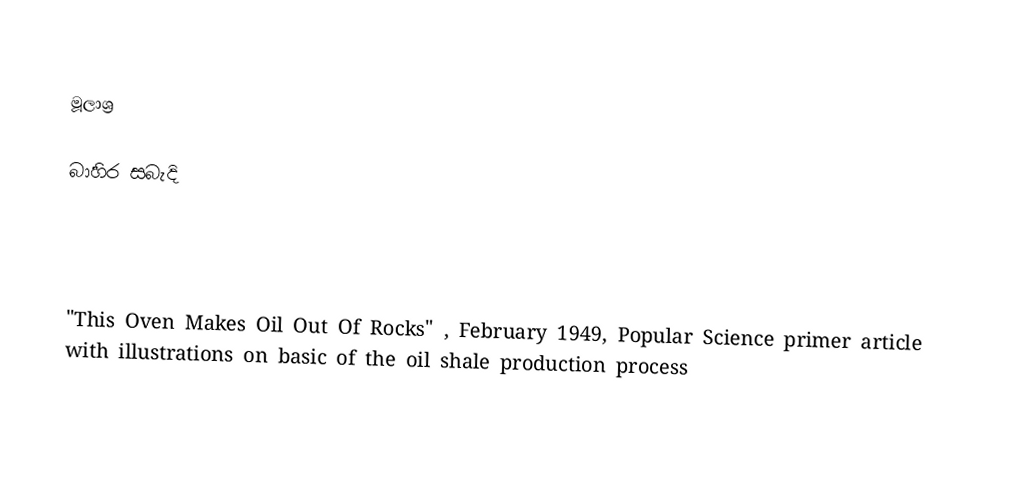

මූලාශ්‍ර

බාහිර සබැදි

  "This Oven Makes Oil Out Of Rocks" , February 1949, Popular Science primer article with illustrations on basic of the oil shale production process